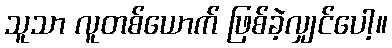
သူသာ လူတစ်ယောက် ဖြစ်ခဲ့လျှင်ပေါ့။